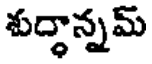
శుద్ధాన్నమ్